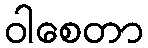
ဝါစေတာ